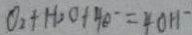
O _ { 2 } + H _ { 2 } O + 4 e ^ { - } = 4 0 H ^ { - }